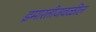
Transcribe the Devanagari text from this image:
इमारतीजवळील